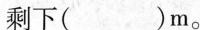
剩下( )m。